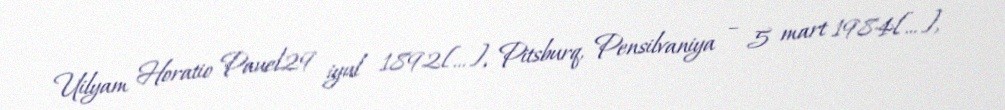
Uilyam Horatio Pauel29 iyul 1892[…], Pitsburq, Pensilvaniya – 5 mart 1984[…],